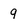
Character: 9